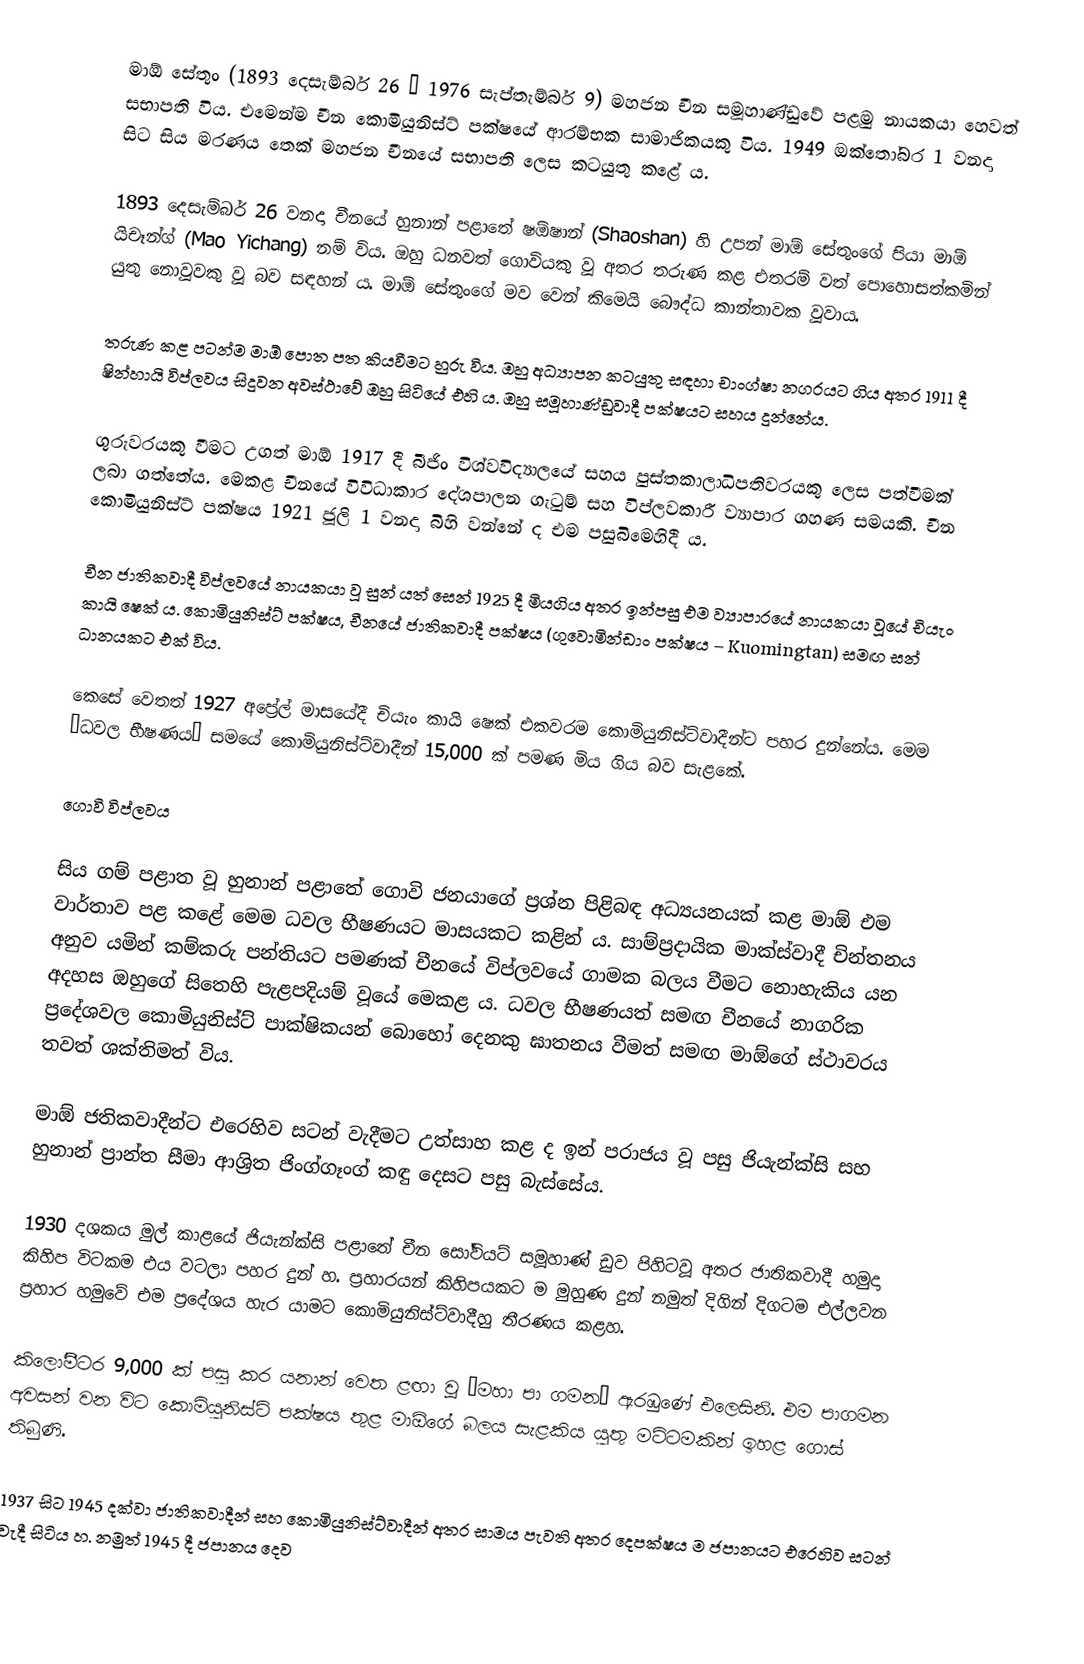
මාඕ සේතුං (1893 දෙසැම්බර් 26 – 1976 සැප්තැම්බර් 9) මහජන චීන සමූහාණ්ඩුවේ පළමු නායකයා හෙවත් සභාපති විය. එමෙන්ම චීන කොමියුනිස්ට් පක්ෂයේ ආරම්භක සාමාජිකයකු විය. 1949 ඔක්තෝබර 1 වනදා සිට සිය මරණය තෙක් මහජන චීනයේ සභාපති ලෙස කටයුතු කළේ ය.

1893 දෙසැම්බර් 26 වනදා චීනයේ හුනාන් පළාතේ ෂඕෂාන් (Shaoshan) හි උපන් මාඕ සේතුංගේ පියා මාඕ යිචෑන්ග් (Mao Yichang) නම් විය. ඔහු ධනවත් ගොවියකු වූ අතර තරුණ කළ එතරම් වත් පොහොසත්කමින් යුතු නොවූවකු වූ බව සඳහන් ය. මාඕ සේතුංගේ මව වෙන් කිමෙයි බෞද්ධ කාන්තාවක වූවාය.

තරුණ කළ පටන්ම මාඕ පොත පත කියවීමට හුරු විය. ඔහු අධ්‍යාපන කටයුතු සඳහා චාංග්‍ෂා නගරයට ගිය අතර 1911 දී ෂින්හායි විප්ලවය සිදුවන අවස්ථාවේ ඔහු සිටියේ එහි ය. ඔහු සමූහාණ්ඩුවාදී පක්ෂයට සහය දුන්නේය.

ගුරුවරයකු වීමට උගත් මාඕ 1917 දී බීජිං විශ්වවිද්‍යාලයේ සහය පුස්තකාලාධිපතිවරයකු ලෙස පත්වීමක් ලබා ගත්තේය. මෙකළ චීනයේ විවිධාකාර දේශපාලන ගැටුම් සහ විප්ලවකාරී ව්‍යාපාර ගහණ සමයකි. චීන කොමියුනිස්ට් පක්ෂය 1921 ජූලි 1 වනදා බිහි වන්නේ ද එම පසුබිමෙහිදී ය.

චීන ජාතිකවාදී විප්ලවයේ නායකයා වූ සුන් යත් සෙන් 1925 දී මියගිය අතර ඉන්පසු එම ව්‍යාපාරයේ නායකයා වූයේ චියැං කායි ෂෙක් ය. කොමියුනිස්ට් පක්ෂය, චීනයේ ජාතිකවාදී පක්ෂය (ගුවොමින්ඩාං පක්ෂය – Kuomingtan) සමඟ සන් ධානයකට එක් විය.

කෙසේ වෙතත් 1927 අප්‍රේල් මාසයේදී චියැං කායි ෂෙක් එකවරම කොමියුනිස්ට්වාදීන්ට පහර දුන්නේය. මෙම “ධවල භීෂණය” සමයේ කොමියුනිස්ට්වාදීන් 15,000 ක් පමණ මිය ගිය බව සැළකේ.

ගොවි විප්ලවය

සිය ගම් පළාත වූ හුනාන් පළාතේ ගොවි ජනයාගේ ප්‍රශ්න පිළිබඳ අධ්‍යයනයක් කළ මාඕ එම වාර්තාව පළ කළේ මෙම ධවල භීෂණයට මාසයකට කළින් ය. සාම්ප්‍රදායික මාක්ස්වාදී චින්තනය අනුව යමින් කම්කරු පන්තියට පමණක් චීනයේ විප්ලවයේ ගාමක බලය වීමට නොහැකිය යන අදහස ඔහුගේ සිතෙහි පැළපදියම් වූයේ මෙකළ ය. ධවල භීෂණයත් සමඟ චීනයේ නාගරික ප්‍රදේශවල කොමියුනිස්ට් පාක්ෂිකයන් බොහෝ දෙනකු ඝාතනය වීමත් සමඟ මාඕගේ ස්ථාවරය තවත් ශක්තිමත් විය.

මාඕ ජතිකවාදීන්ට එරෙහිව සටන් වැදීමට උත්සාහ කළ ද ඉන් පරාජය වූ පසු ජියැන්ක්සි සහ හුනාන් ප්‍රාන්ත සීමා ආශ්‍රිත ජිංග්ගෑංග් කඳු දෙසට පසු බැස්සේය.

1930 දශකය මුල් කාළයේ ජියැන්ක්සි පළාතේ චීන සෝවියට් සමූහාණ් ඩුව පිහිටවූ අතර ජාතිකවාදී හමුදා කිහිප විටකම එය වටලා පහර දුන් හ. ප්‍රහාරයන් කිහිපයකට ම මුහුණ දුන් නමුත් දිගින් දිගටම එල්ලවන ප්‍රහාර හමුවේ එම ප්‍රදේශය හැර යාමට කොමියුනිස්ට්වාදීහු තීරණය කළහ.

කිලෝමීටර 9,000 ක් පසු කර යනාන් වෙත ළඟා වූ “මහා පා ගමන” ඇරඹුණේ එලෙසිනි. එම පාගමන අවසන් වන විට කොමියුනිස්ට් පක්ෂය තුළ මාඕගේ බලය සැළකිය යුතු මට්ටමකින් ඉහළ ගොස් තිබුණි.

1937 සිට 1945 දක්වා ජාතිකවාදීන් සහ කොමියුනිස්ට්වාදීන් අතර සාමය පැවති අතර දෙපක්ෂය ම ජපානයට එරෙහිව සටන් වැදී සිටිය හ. නමුත් 1945 දී ජපානය දෙව